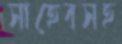
সাহেবসহ